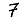
Digit: 7